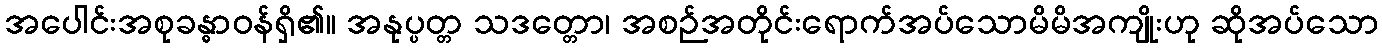
အပေါင်းအစုခန္ဓာဝန်ရှိ၏။ အနုပ္ပတ္တ သဒတ္တော၊ အစဉ်အတိုင်းရောက်အပ်သောမိမိအကျိုးဟု ဆိုအပ်သော